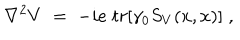
LaTeX: \nabla ^ { 2 } V \; = \; - i e \; t r [ \gamma _ { 0 } S _ { V } ( x , x ) ] \; ,